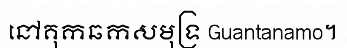
នៅគុកឆកសមុទ្រ Guantanamo។